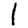
Digit: 1